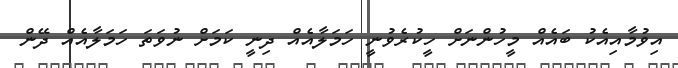
އިވުމާއިއެކު ބައެއް މީހުންނަށް ހީކުރެވުނީ ހަމަލާއެއް ދިނީ ކަމަށް ނުވަތަ ހަމަލާއެއް ދޭން